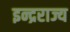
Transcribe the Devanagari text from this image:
इन्द्रराज्य